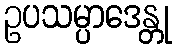
ဥပသမ္ပာဒေန္တု